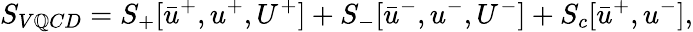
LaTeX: S_{V\mathbb{Q}CD}=S_{+}[\bar{{u}}^{+},u^{+},U^{+}]+S_{-}[\bar{{u}}^{-},u^{-},U^{-}]+S_{c}[\bar{{u}}^{+},u^{-}],